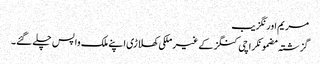
مریم اورنگزیب
گزشتہ مضمونکراچی کنگز کے غیر ملکی کھلاڑی اپنے ملک واپس چلے گئے۔